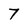
Character: 7